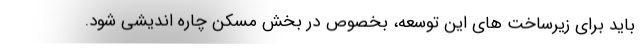
باید برای زیرساخت های این توسعه، بخصوص در بخش مسکن چاره اندیشی شود.